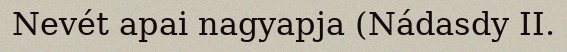
Nevét apai nagyapja (Nádasdy II.